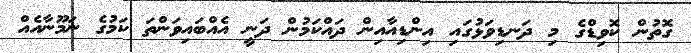
ގޮތުން ކޮވިޑްގެ މި ދަނޑިވަޅުގައި އިންޑިއާއިން ދައްކަމުން ދަނީ އެއްބައިވަންތަ ކަމުގެ ނަމޫނާއެއް